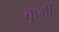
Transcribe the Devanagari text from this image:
कूर्मीः